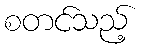
စတင်သည့်